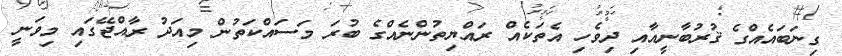
ގިނަބައެއްގެ ޤުރުބާނީއާއި ދިވެހި އެތަކެއް ރައްޔިތުންނެއްގެ ބުރަ މަސައްކަތުން މިއަދު ރާއްޖޭގައި މިވަނީ